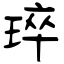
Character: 琗